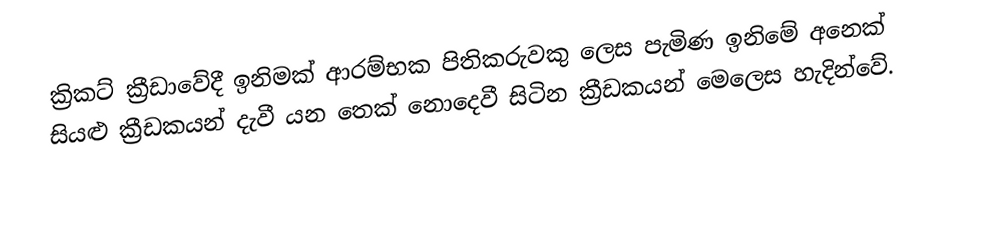
ක්‍රිකට් ක්‍රීඩාවේදී ඉනිමක් ආරම්භක පිතිකරුවකු ලෙස පැමිණ ඉනිමේ අනෙක් සියළු ක්‍රීඩකයන් දැවී යන තෙක් නොදෙවී සිටින ක්‍රීඩකයන් මෙලෙස හැදින්වේ.